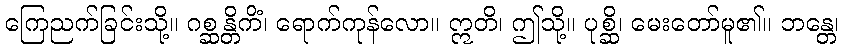
ကြေညက်ခြင်းသို့။ ဂစ္ဆန္တိကိံ၊ ရောက်ကုန်လော။ ဣတိ၊ ဤသို့။ ပုစ္ဆိ၊ မေးတော်မူ၏။ ဘန္တေ၊